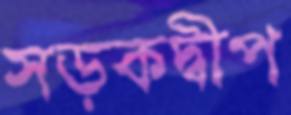
সড়কদ্বীপ